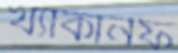
খ্যাঁকানফ